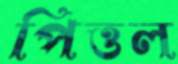
পিত্তল